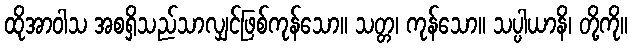
ထိုအာဝါသ အစရှိသည်သာလျှင်ဖြစ်ကုန်သော။ သတ္တ၊ ကုန်သော။ သပ္ပါယာနိ၊ တို့ကို။